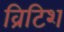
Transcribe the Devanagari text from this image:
व्रिटिश